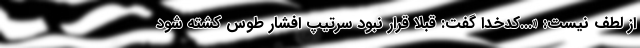
از لطف نیست: «...کدخدا گفت: قبلا قرار نبود سرتیپ افشار طوس کشته شود